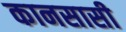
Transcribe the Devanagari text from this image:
कानसासी